Report of the Bombay Plague Committee
Disease focus: Plague
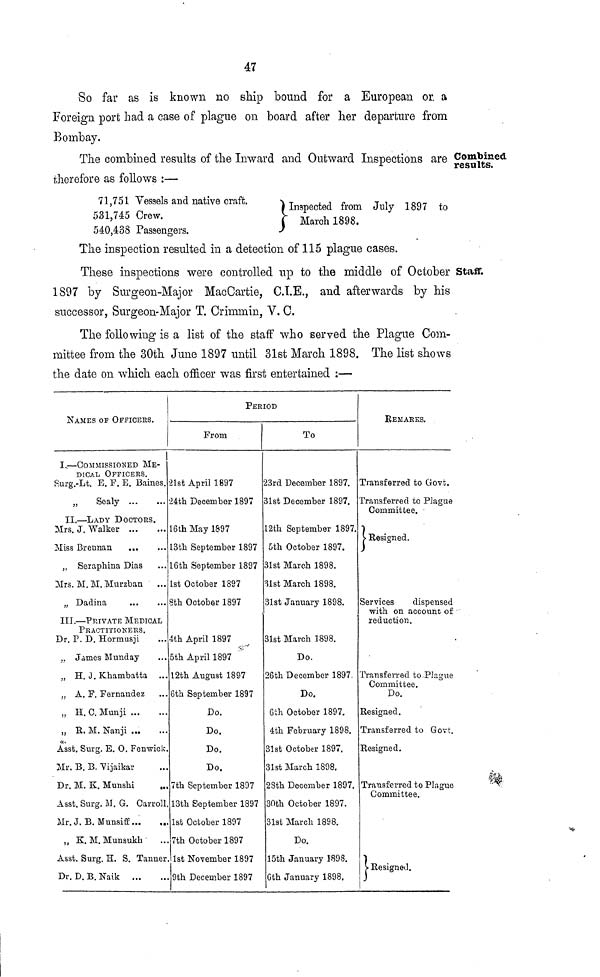
47
So far as is known no ship bound for a European or a
Foreign port had a case of plague on board after her departure from
Bombay.
Combined
results.
The combined results of the Inward and Outward Inspections are
therefore as follows :—
71,751 Vessels and native craft,
531,745 Crew.
540,438 Passengers.
} Inspected from July 1897 to
March 1898.
The inspection resulted in a detection of 115 plague cases.
Staff.
These inspections were controlled up to the middle of October
1897 by Surgeon-Major MacCartie, C.I.E., and afterwards by his
successor, Surgeon-Major T. Crimmin, V. G.
The following is a list of the staff who served the Plague Com-
mittee from the 30th June 1897 until 31st March 1898. The list shows
the date on which each officer was first entertained :—
NAMES OP OFFICERS.
I. — COMMISSIONED ME-
DICAL OFFICERS.
fiurg.-Lt. E. F. E. Baines.
„
Sealy
II. — LADY DOCTORS.
Mrs. J. Walker
Miss Brennan
„ Seraphina Dias
Mrs. M. M. Murzban
„ Dadina
III. — PRIVATE MEDICAL
PRACTITIONERS.
Dr. P. D. Hormusji
„ James Munday
„ H. J. Khambatta ...
,, A. F. Fernandez
„ H. C. Munji
„ R. M. Nanji ,
Asst. Surg. E. 0. Fen-wick.
Mr. B. B. "Vijaikar
Dr. M. K. Munshi
Asst. Surg. M. G. Carroll
Mr. J. B. Munsiff
,, K. M. Munsukh
Asst. Surg. H. S. Tanner
Dr. D. B. Naik
PERIOD
From
21st April 1897
24th December 1897
16th May 1S97
13th September 1897
16th September 1897
1st October 1897
8th October 1897
4th April 1897
5th April 1897
12th August 1897
6th September 1897
Do.
Do.
Do.
Do.
7th September 1897
13th September 1897
1st October 1897
7th October 1897
1st November 1897
9th December 1897
To
23rd December 1897.
31st December 1897.
12th September 1897.
5th October 1897.
31st March 1898.
31st March 1898.
31st January 1898.
31st March 1898.
Do.
26th December 1897.
Do.
6th. October 1897.
4th February 1898.
31st October 1897.
31st March 1898.
28th December 1897.
30th October 1897.
31st March 1898.
Do.
15th January 1898.
Gth January 1898.
REMARKS.
Transferred to Govt.
Transferred to Plague
Committee.
Resigned.
Services
dispensed
with on account of
reduction.
Transferred to. Plague
Committee.
Do.
Resigned.
Transferred to Govt.
Resigned.
Transferred to Plague
Committee.
Resigned.